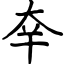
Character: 㚔